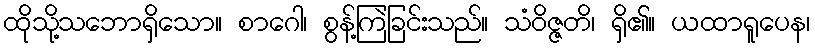
ထိုသို့သဘောရှိသော။ စာဂေါ၊ စွန့်ကြဲခြင်းသည်။ သံဝိဇ္ဇတိ၊ ရှိ၏။ ယထာရူပေန၊